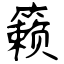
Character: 籁